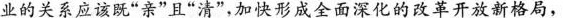
业的关系应该既”亲”且”清”，加快形成全面深化的改革开放新格局，